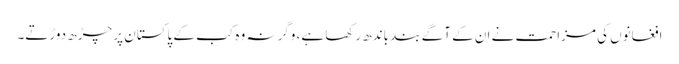
افغانوں کی مزاحمت نے ان کے آگے بند باندھ رکھا ہے، وگرنہ وہ کب کے پاکستان پر چڑھ دوڑتے۔